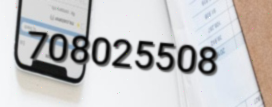
708025508